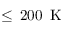
\leq \, 2 0 0 \, \mathrm { ~ K ~ }